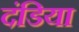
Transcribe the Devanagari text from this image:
दंडिया